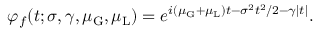
\varphi _ { f } ( t ; \sigma , \gamma , \mu _ { \mathrm { G } } , \mu _ { \mathrm { L } } ) = e ^ { i ( \mu _ { \mathrm { G } } + \mu _ { \mathrm { L } } ) t - \sigma ^ { 2 } t ^ { 2 } / 2 - \gamma | t | } .